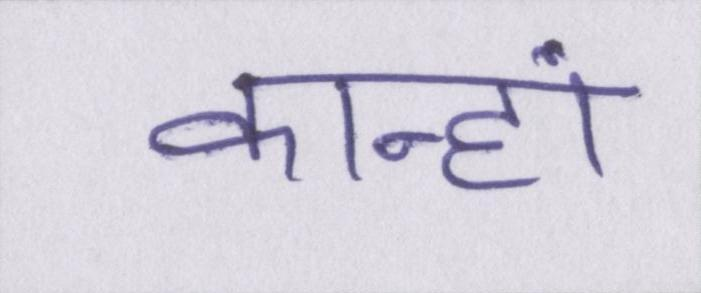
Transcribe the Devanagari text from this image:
कान्हां